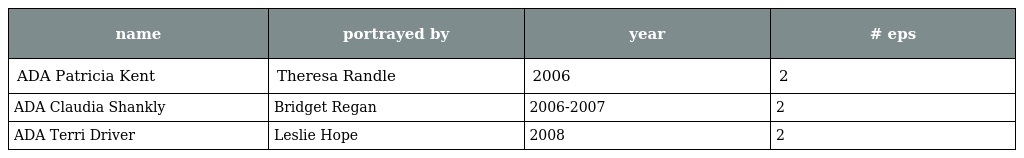
| name | portrayed by | year | # eps |
 | --- | --- | --- | --- |
 | ADA Patricia Kent | Theresa Randle | 2006 | 2 |
 | ADA Claudia Shankly | Bridget Regan | 2006-2007 | 2 |
 | ADA Terri Driver | Leslie Hope | 2008 | 2 |